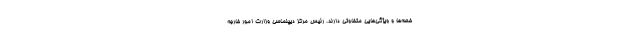
خصه‌ها و ویژگی‌هایی متفاوتی دارند. رئیس مرکز دیپلماسی وزارت امور خارجه